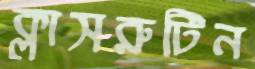
ক্লাসরুটিন